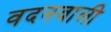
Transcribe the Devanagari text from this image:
वदनवाली